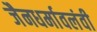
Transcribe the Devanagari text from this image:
जैनधर्मावलंवी